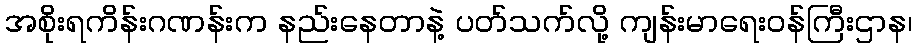
အစိုးရကိန်းဂဏန်းက နည်းနေတာနဲ့ ပတ်သက်လို့ ကျန်းမာရေးဝန်ကြီးဌာန၊